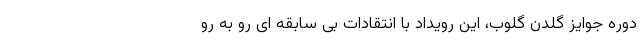
دوره جوایز گلدن گلوب، این رویداد با انتقادات بی سابقه ای رو به رو